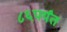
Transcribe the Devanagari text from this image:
८६पर्यंत